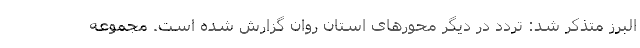
البرز متذکر شد: تردد در دیگر محورهای استان روان گزارش شده است. مجموعه‌